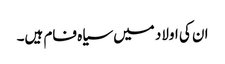
ان کی اولاد میں سیاہ فام ہیں۔